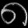
Digit: ၈